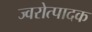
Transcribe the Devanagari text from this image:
ज्वरोत्पादक